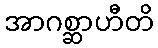
အာဂစ္ဆာဟီတိ